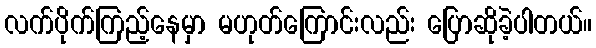
လက်ပိုက်ကြည့်နေမှာ မဟုတ်ကြောင်းလည်း ပြောဆိုခဲ့ပါတယ်။